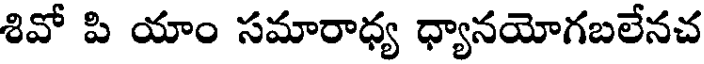
శివో పి యాం సమారాధ్య ధ్యానయోగబలేనచ